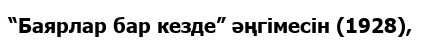
“Баярлар бар кезде” әңгімесін (1928),